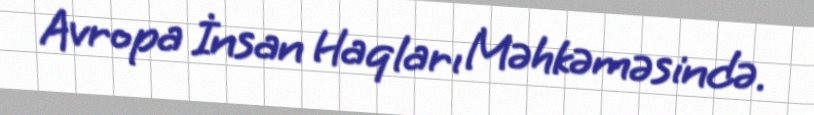
Avropa İnsan Haqları Məhkəməsində.